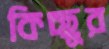
কিচ্ছুর